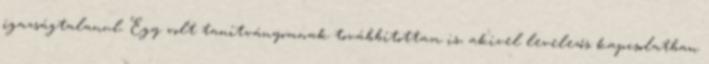
igazságtalanul. Egy volt tanítványomnak továbbítottam is, akivel levelezős kapcsolatban